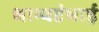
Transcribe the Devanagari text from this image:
धान्यटंचाई